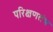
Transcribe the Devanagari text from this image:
परिक्षणतंत्र